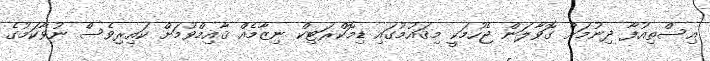
އިސްތިއުފާ ދިނުމަށް ގޮވާލަން ޖެހުމަކީ މިޤައުމުގައި ޑިމޮކްރަޓިކް ނިޒާމެއް ޤާއިމްވުމަށް ކައިރިވެސް ނުވާކަމުގެ